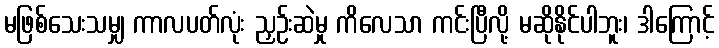
မဖြစ်သေးသမျှ ကာလပတ်လုံး ညှဉ်းဆဲမှု ကိလေသာ ကင်းပြီလို့ မဆိုနိုင်ပါဘူး၊ ဒါကြောင့်